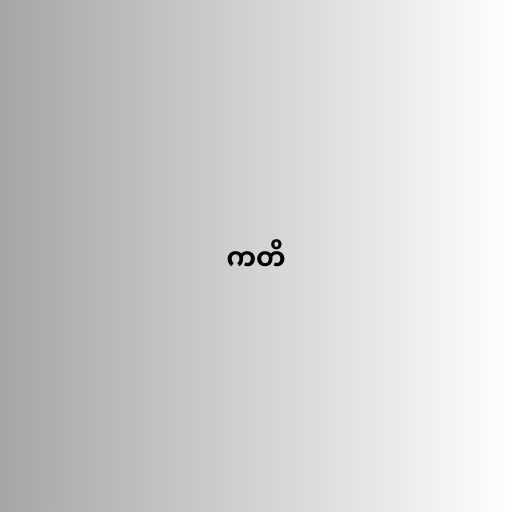
ကတိ